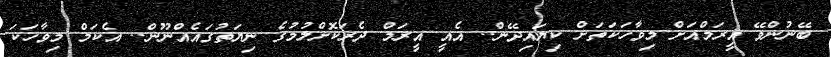
ބޭނުންވޭ އީރަމްއަށް މިވާހަކަތަށް ކިޔައިދޭން.. އެއީ އީރަމް ދެރަކޮށްލުމުގެ ނިޔަތުގައެއްނޫން.. އެކަމް މިވާހަކަ